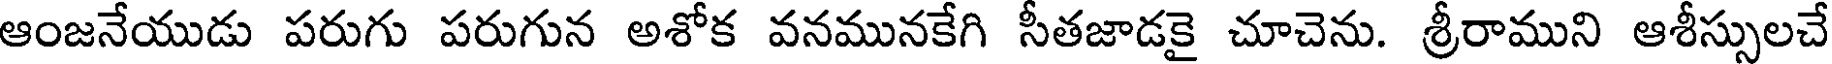
ఆంజనేయుడు పరుగు పరుగున అశోక వనమునకేగి సీతజాడకై చూచెను. శ్రీరాముని ఆశీస్సులచే